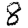
Digit: 8